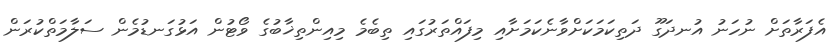
އެފަރާތަށް ނުހަނު އުނދަގޫ ދަތިކަމަކަށްވާނެކަމަށާއި މިފައްތަރުގައި ތިބެމެ މިއިންތިޚާބުގެ ވޯޓުން އަޅުގަނޑުމެން ސަލާމަތްކުރަން